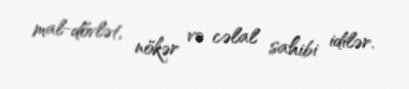
mal-dövlət, nökər və cəlal sahibi idilər.